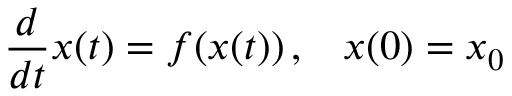
{ \frac { d } { d t } } x ( t ) = f ( x ( t ) ) \, \mathrm { , } \quad x ( 0 ) = x _ { 0 }